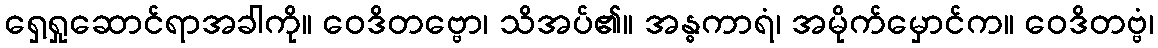
ရှေ့ရှုဆောင်ရာအခါကို။ ဝေဒိတဗ္ဗော၊ သိအပ်၏။ အန္ဓကာရံ၊ အမိုက်မှောင်က။ ဝေဒိတဗ္ဗံ၊